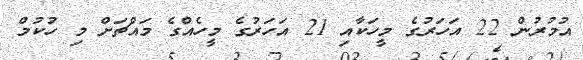
އުމުރުން 22 އަހަރުގެ މީހަކާއި 21 އަހަރުގެ މީހެއްގެ މައްޗަށް މި ހުކުމް